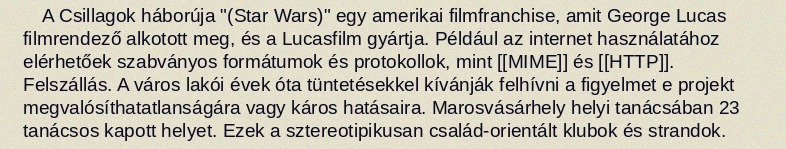
A Csillagok háborúja "(Star Wars)" egy amerikai filmfranchise, amit George Lucas filmrendező alkotott meg, és a Lucasfilm gyártja. Például az internet használatához elérhetőek szabványos formátumok és protokollok, mint [[MIME]] és [[HTTP]]. Felszállás. A város lakói évek óta tüntetésekkel kívánják felhívni a figyelmet e projekt megvalósíthatatlanságára vagy káros hatásaira. Marosvásárhely helyi tanácsában 23 tanácsos kapott helyet. Ezek a sztereotipikusan család-orientált klubok és strandok.